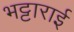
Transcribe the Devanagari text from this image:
भट्टाराई